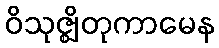
ဝိသုဇ္ဈိတုကာမေန